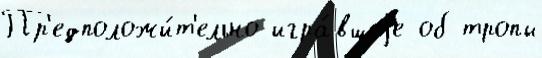
Пр'едположи́т'ельно игра́вшеjе об тропы